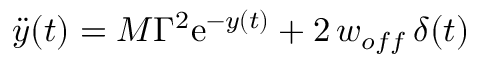
\ddot { y } ( t ) = M \Gamma ^ { 2 } \mathrm { e } ^ { - y ( t ) } + 2 \, w _ { o f f } \, \delta ( t )